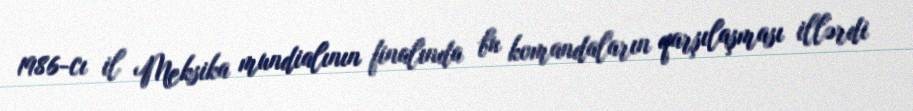
1986-cı il Meksika mundialının finalında bu komandaların qarşılaşması illərdi